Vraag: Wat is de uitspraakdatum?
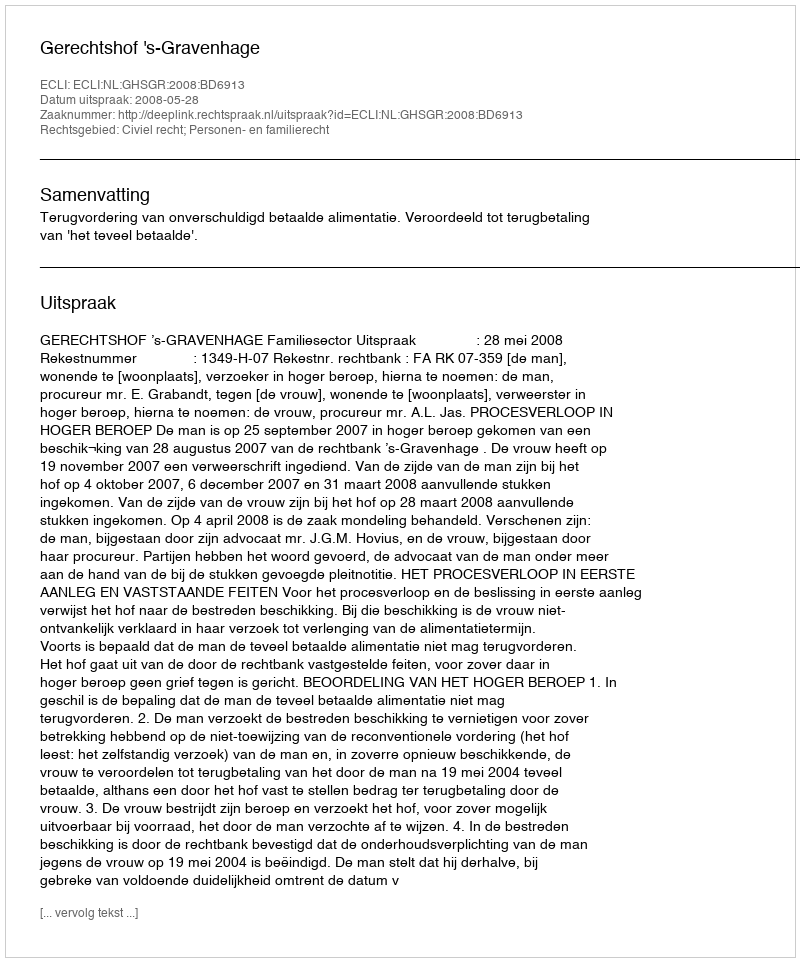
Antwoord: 2008-05-28